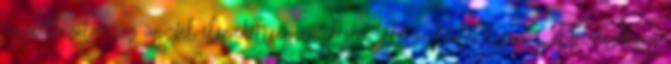
ügyfélbizalom, az ügyfél-elégedettség emelésére illetve kialakítására – ehhez szükség